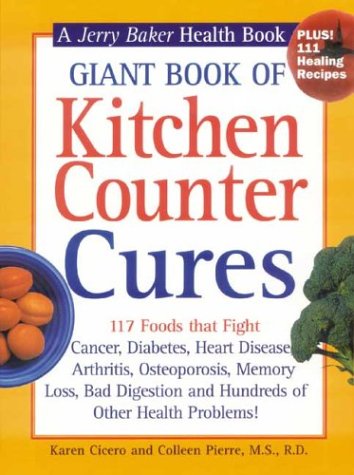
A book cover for Giant Book of Kitchen Counter Cures: 117 Foods That Fight Cancer, Diabetes, Heart Disease, Arthritis, Osteoporosis, Memory Loss, Bad Digestion and ... Problems! (Jerry Baker Good Health series); Karen Cicero; Health, Fitness & Dieting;